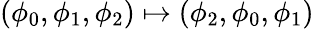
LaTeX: (\phi_{0},\phi_{1},\phi_{2})\mapsto(\phi_{2},\phi_{0},\phi_{1})